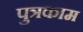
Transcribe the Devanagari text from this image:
पुत्रकाम